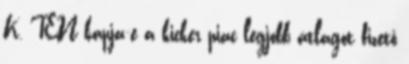
K, TEN kapja-e a kicker piac legjobb átlagot fizető